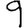
Digit: 9